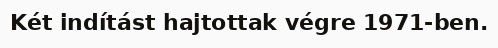
Két indítást hajtottak végre 1971-ben.